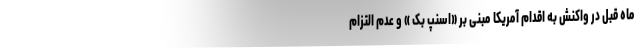
ماه قبل در واکنش به اقدام آمریکا مبنی بر «اسنپ بک » و عدم التزام